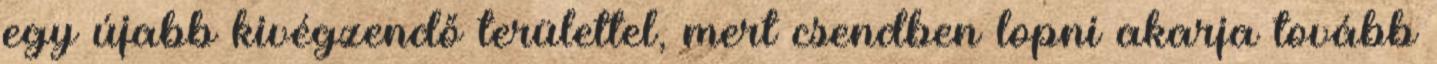
egy újabb kivégzendő területtel, mert csendben lopni akarja tovább